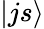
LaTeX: |js\rangle